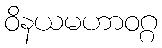
ဝိနယမဟာဝဂ္ဂ